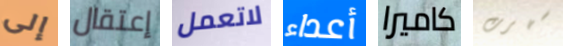
إلى إعتقال لاتعمل أعداء كاميرا سهرت